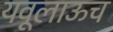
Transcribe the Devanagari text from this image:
यवूलाऊच